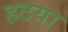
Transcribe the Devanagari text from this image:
हटया